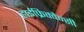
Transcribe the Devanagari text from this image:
हाईफ्रिक्वैन्सी